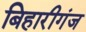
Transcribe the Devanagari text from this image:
बिहारीगंज